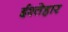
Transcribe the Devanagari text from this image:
ईश्तेहार